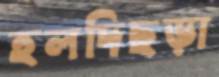
হলদিছড়া